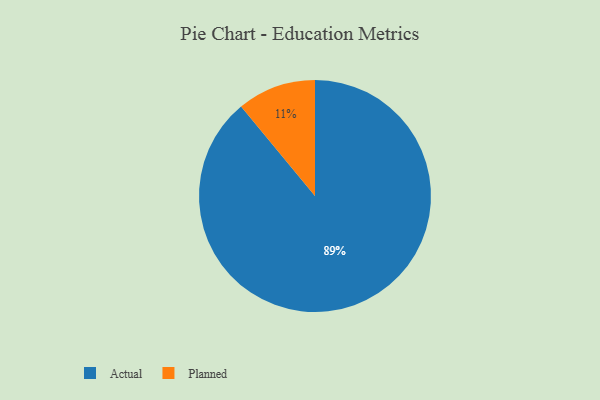
{"axis": {"x": "Category", "y": "Percentage"}, "legend": ["Actual", "Planned"], "data": [{"x": "Planned", "y": 11, "type": "Planned"}, {"x": "Actual", "y": 89, "type": "Actual"}]}